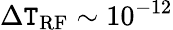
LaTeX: \Delta\mathtt{T}_{\mathrm{{RF}}}\sim10^{-12}